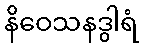
နိဝေသနဒွါရံ